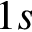
1 s